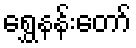
ရွှေနန်းတော်